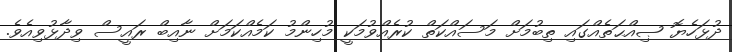
ދުޅަހެޔޮ ޞިއްޙަތެއްގައި ތިބުމަށް މަސައްކަތް ކުރެއްވުމަކީ މުހިންމު ކަމެއްކަމަށް ނާއިބް ރައީސް ވިދާޅުވިއެވެ.